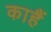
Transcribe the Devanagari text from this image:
काहैं